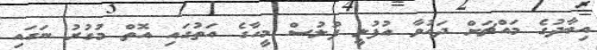
އިބާދުގެ މައްޗަށް ދައުވާ އުފުލީ ފުލުސް މީހާގެ އަތުގައި އޮތް މުގުރު ނަގައި